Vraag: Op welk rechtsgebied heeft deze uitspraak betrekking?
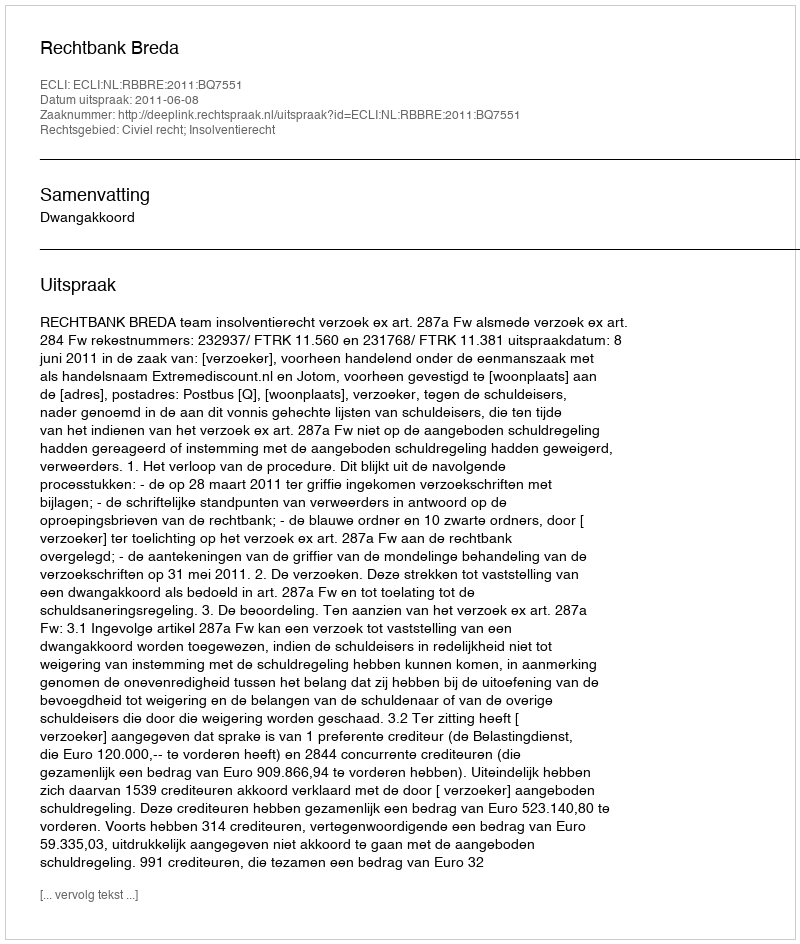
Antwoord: Civiel recht; Insolventierecht